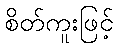
စိတ်ကူးဖြင့်